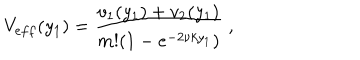
LaTeX: V _ { e f f } ( y _ { 1 } ) = \frac { v _ { 1 } ( y _ { 1 } ) + v _ { 2 } ( y _ { 1 } ) } { m ! ( 1 - e ^ { - 2 \nu k y _ { 1 } } ) } \; ,